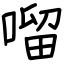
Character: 𠺕